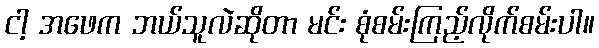
ငါ့ အဖေက ဘယ်သူလဲဆိုတာ မင်း စုံစမ်းကြည့်လိုက်စမ်းပါ။